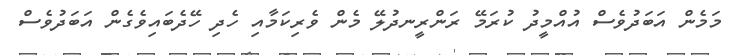
މަމެން އަަބަދުވެސް އުއްމީދު ކުރަމޭ ރަންރީނދުލޭ މެން ވެރިކަމާއި ހެދި ހޭދެބައިވެގެން އަބަދުވެސް